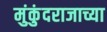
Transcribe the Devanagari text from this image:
मुंकुंदराजाच्या